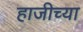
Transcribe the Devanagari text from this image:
हाजीच्या